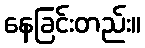
နေခြင်းတည်း။